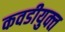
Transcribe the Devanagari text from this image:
कवडीयुक्‍त